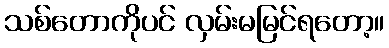
သစ်တောကိုပင် လှမ်းမမြင်ရတော့။